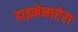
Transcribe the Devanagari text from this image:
हाइमेनाप्टेरा